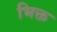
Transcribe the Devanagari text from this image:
भिक्त